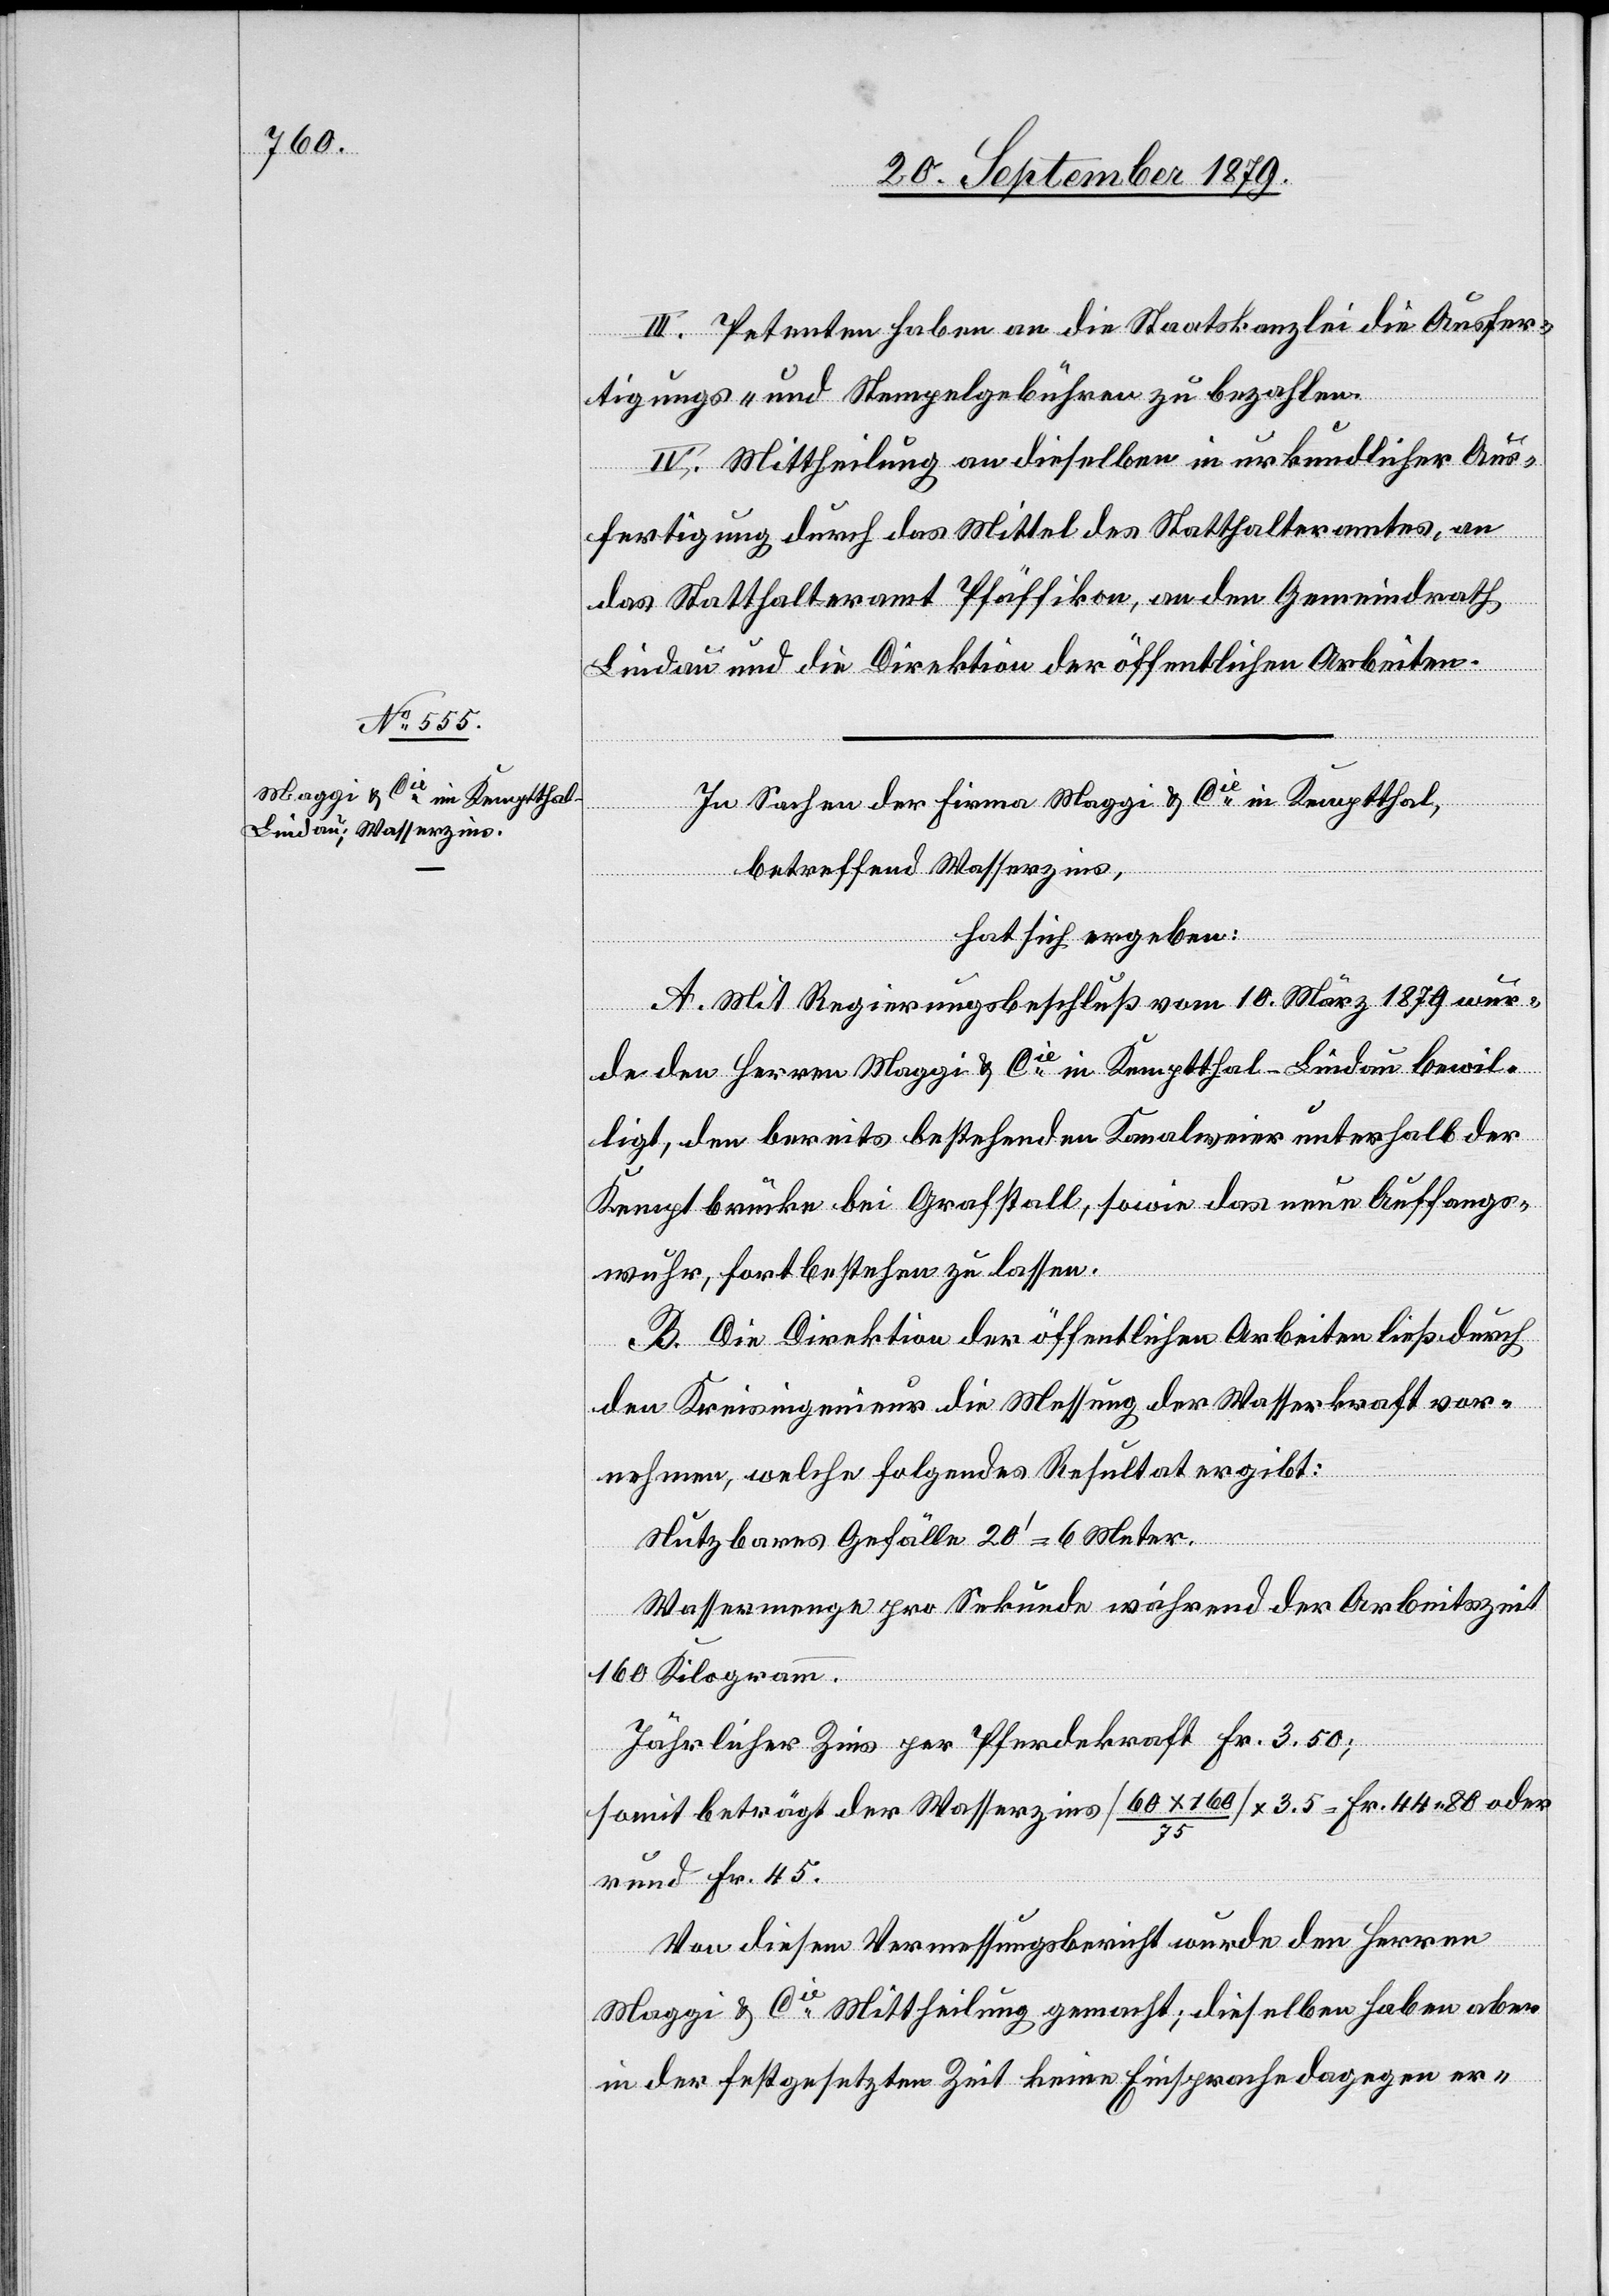
III. Petenten haben an die Staatskanzlei die Ausfer¬
tigungs- und Stempelgebühren zu bezahlen.
IV. Mittheilung an dieselben in urkundlicher Aus¬
fertigung durch das Mittel des Statthalteramtes, an
das Statthalteramt Pfäffikon, an den Gemeindrath
Lindau und an die Direktion der öffentlichen Arbeiten.
In Sachen der Firma Maggi & Cie in Kemptthal,
betreffend Wasserzins,
hat sich ergeben:
A. Mit Regierungsbeschluß vom 10. März 1879 wur¬
de den Herren Maggi & Cie in Kemptthal - Lindau bewil¬
ligt, den bereits bestehenden Kanalweier unterhalb der
Kemptbrücke bei Grafstall, sowie das neue Auffangs¬
wuhr, fortbestehen zu lassen.
B. Die Direktion der öffentlichen Arbeiten ließ durch
den Kreisingenieur die Messung der Wasserkraft vor¬
nehmen, welche folgendes Resultat ergibt:
Nutzbares Gefälle 20’ = 6 Meter.
Wassermenge pro Sekunda während der Arbeitszeit
160 Kilogramm.
Jährlicher Zins per Pferdekraft Fr. 3.50;
somit beträgt der Wasserzins [60 x 160 / 75] x 3.5 = Fr. 44 80 oder
rund Fr. 45.
Von diesem Vermessungsbericht wurde den Herren
Maggi & Cie Mittheilung gemacht; dieselben haben aber
in der festgesetzten Zeit keine Einsprache dagegen er-